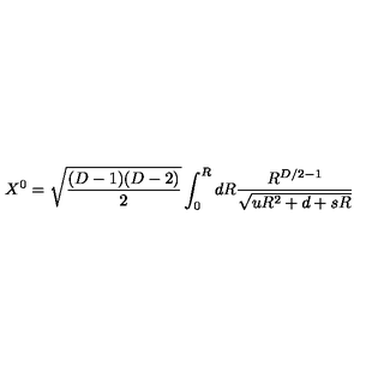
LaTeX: X ^ { 0 } = \sqrt { \frac { ( D - 1 ) ( D - 2 ) } { 2 } } \int _ { 0 } ^ { R } d R { \frac { { R ^ { D / 2 - 1 } } } { \sqrt { u R ^ { 2 } + d + s R } } }